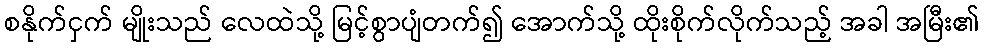
စနိုက်ငှက် မျိုးသည် လေထဲသို့ မြင့်စွာပျံတက်၍ အောက်သို့ ထိုးစိုက်လိုက်သည့် အခါ အမြီး၏